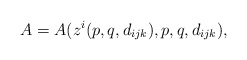
\begin{align*}A =A( z^i(p,q, d_{ijk}),p,q, d_{ijk}),\end{align*}